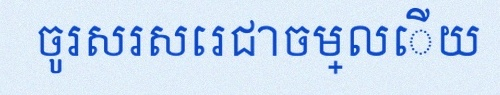
ចូរសរសេរជាចម្លើយ